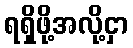
ရရှိဖို့အလို့ငှာ